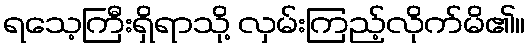
ရသေ့ကြီးရှိရာသို့ လှမ်းကြည့်လိုက်မိ၏။